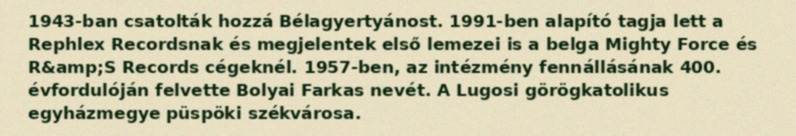
1943-ban csatolták hozzá Bélagyertyánost. 1991-ben alapító tagja lett a Rephlex Recordsnak és megjelentek első lemezei is a belga Mighty Force és R&amp;S Records cégeknél. 1957-ben, az intézmény fennállásának 400. évfordulóján felvette Bolyai Farkas nevét. A Lugosi görögkatolikus egyházmegye püspöki székvárosa.